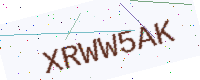
Text: XRWW5AK